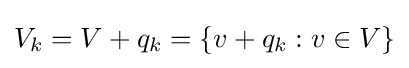
V_{k}=V+q_{k}=\{v+q_{k}:v\in V\}